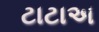
ટાટાઅ